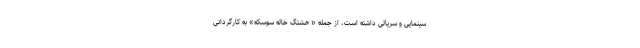
سینمایی و سریالی داشته است، از جمله « هشتگ خاله سوسکه» به کارگردانی